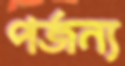
পর্জন্য